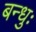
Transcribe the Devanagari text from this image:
बन्धुः